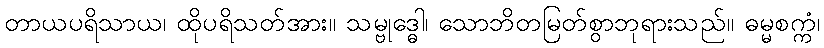
တာယပရိသာယ၊ ထိုပရိသတ်အား။ သမ္ဗုဒ္ဓေါ၊ သောဘိတမြတ်စွာဘုရားသည်။ ဓမ္မစက္ကံ၊